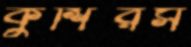
কুশিরস